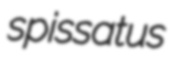
spissatus